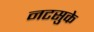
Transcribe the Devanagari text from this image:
नटसुके